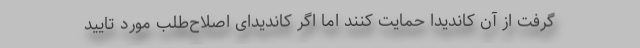
گرفت از آن کاندیدا حمایت کنند اما اگر کاندیدای اصلاح‌طلب مورد تایید